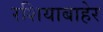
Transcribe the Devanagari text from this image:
रशियाबाहेर